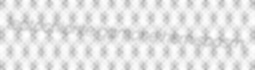
leptochlorite gamone hemispasm